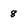
Character: 8